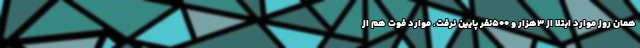
همان روز موارد ابتلا از ۳هزار و ۵۰۰نفر پایین نرفت. موارد فوت هم از